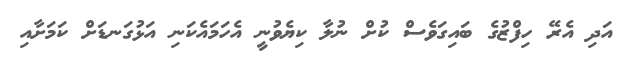
އަދި އެރޭ ހިފްޒުގެ ބައިގަވެސް ކުށް ނުލާ ކިޔެވުނީ އެހަމައެކަނި އަޅުގަނޑަށް ކަމަށާއި